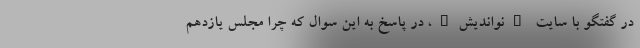
در گفتگو با سایت "نواندیش"، در پاسخ به این سوال که چرا مجلس یازدهم